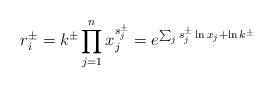
LaTeX: \begin{align*}r_i^\pm=k^\pm \prod_{j=1}^n x_j^{s_{j}^\pm}=e^{ \sum_j s_j^\pm\ln x_j +\ln k^\pm }\end{align*}